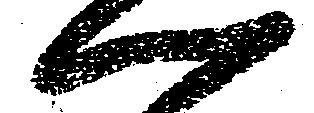
心